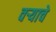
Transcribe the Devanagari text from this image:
वऱ्याचे